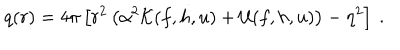
LaTeX: q ( r ) = 4 \pi \left[ r ^ { 2 } \left( \alpha ^ { 2 } { \cal K } ( f , h , u ) + { \cal U } ( f , h , u ) \right) - \eta ^ { 2 } \right] \ .